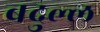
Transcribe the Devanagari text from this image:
बदुल्ल